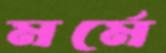
মর্মে